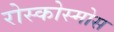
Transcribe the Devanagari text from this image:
रोस्कोस्मोस